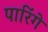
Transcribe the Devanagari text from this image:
पारिंगे